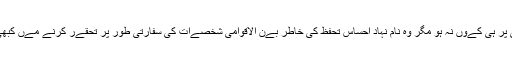
بھارت بھلے غلطی پر ہی کےوں نہ ہو مگر وہ نام نہاد احساسِ تحفظ کی خاطر بےن الاقوامی شخصےات کی سفارتی طور پر تحقےر کرنے مےں کبھی نہےں چوکے گا۔